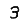
Digit: 3